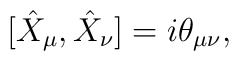
[\hat X_\mu,\hat X_\nu] = i\theta_{\mu\nu},